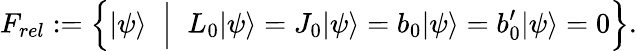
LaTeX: F_{rel}:=\Big\{ |\psi\rangle\; \; \Big|\; \; L_{0}|\psi\rangle=J_{0}|\psi\rangle=b_{0}|\psi\rangle=b_{0}^{\prime}|\psi\rangle=0\Big\} .